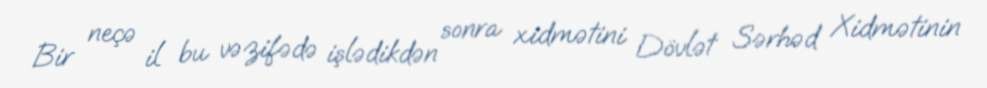
Bir neçə il bu vəzifədə işlədikdən sonra xidmətini Dövlət Sərhəd Xidmətinin